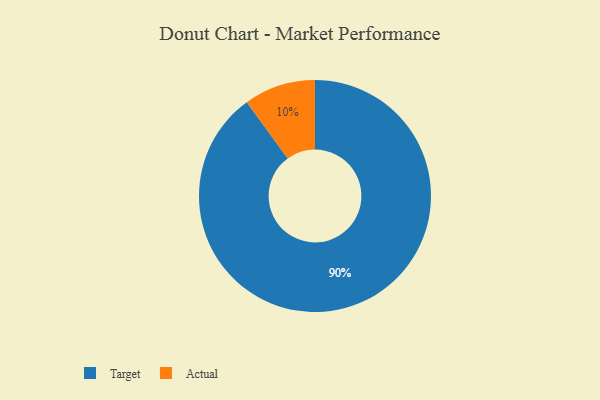
{"axis": {"x": "Category", "y": "Percentage"}, "legend": ["Actual", "Target"], "data": [{"x": "Actual", "y": 10, "type": "Actual"}, {"x": "Target", "y": 90, "type": "Target"}]}